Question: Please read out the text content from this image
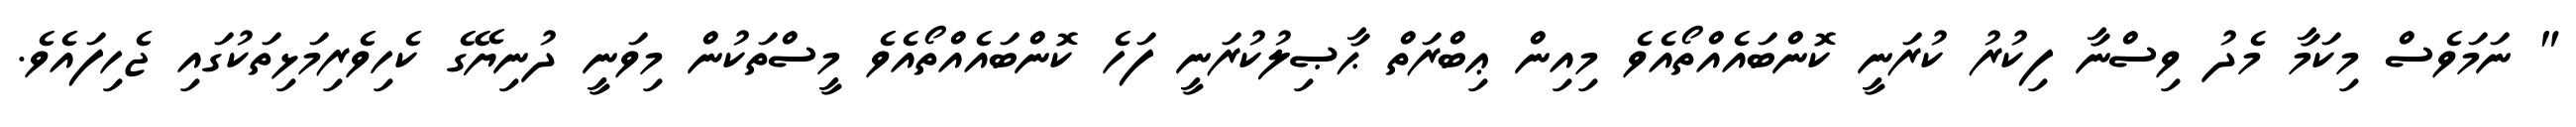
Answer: " ނަމަވެސް މިކަމާ މެދު ވިސްނާ ފިކުރު ކުރަނީ ކޮންބައެއްތޯއެވެ މިއިން ޢިބްރަތް ޙާޞިލުކުރަނީ ފަހެ ކޮންބައެއްތޯއެވެ މީސްތަކުން މިވަނީ ދުނިޔޭގެ ކެހިވެރިމަޅިތަކުގައި ޖެހިފައެވެ.